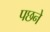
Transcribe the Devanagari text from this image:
पछने